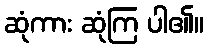
ဆုံကား ဆုံကြ ပါ၏။